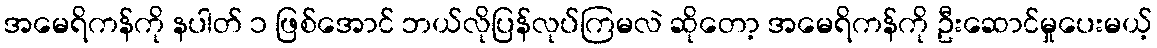
အမေရိကန်ကို နပါတ် ၁ ဖြစ်အောင် ဘယ်လိုပြန်လုပ်ကြမလဲ ဆိုတော့ အမေရိကန်ကို ဦးဆောင်မှုပေးမယ့်